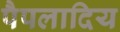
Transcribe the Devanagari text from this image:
पैपलादिय